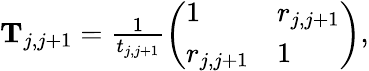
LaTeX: \begin{array}{r}{\mathbf T_{j,j+1}=\frac{1}{t_{j,j+1}}\left(\begin{array}{ll}{1}&{r_{j,j+1}}\\ {r_{j,j+1}}&{1}\end{array}\right),}\end{array}